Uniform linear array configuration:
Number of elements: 32
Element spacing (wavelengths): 0.25
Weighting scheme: kaiser
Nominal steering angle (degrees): -60
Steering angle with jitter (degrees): -60.61
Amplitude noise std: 0.05
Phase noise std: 0.05

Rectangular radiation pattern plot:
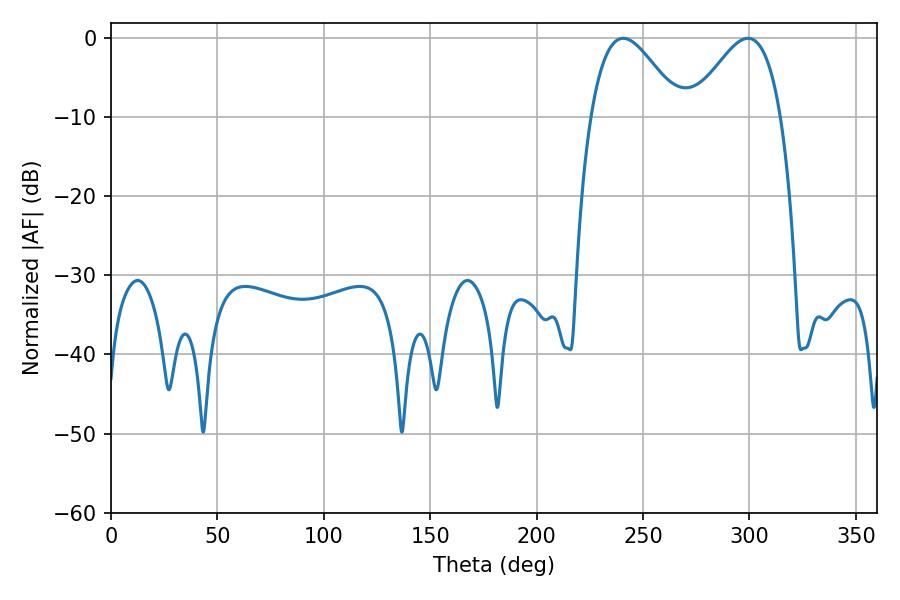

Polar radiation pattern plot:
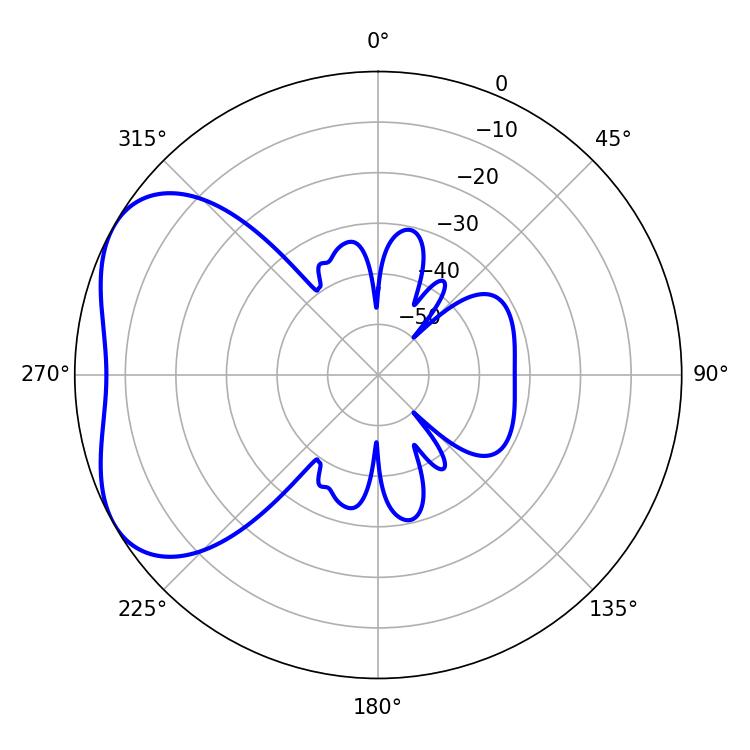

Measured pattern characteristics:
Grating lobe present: FALSE
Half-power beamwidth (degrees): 22.68
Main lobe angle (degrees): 240.66